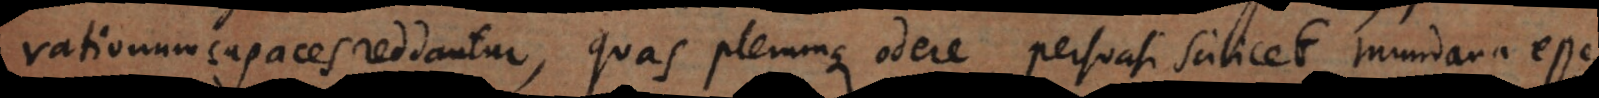
rationum capaces reddantur, quas plerumque odere, persuasi scilicet mundana esse